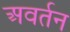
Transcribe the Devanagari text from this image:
अवर्तन